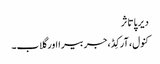
دیرپا تاثر
کنول، آرکِڈ، جربیرا اور گلاب۔